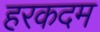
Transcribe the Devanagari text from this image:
हरकदम